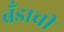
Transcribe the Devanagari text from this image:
ब्रँडाची